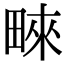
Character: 𤲓